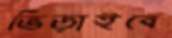
ভিড়াইবে